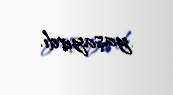
yaşayırdı.